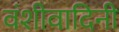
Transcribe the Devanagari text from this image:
वंशीवादिनी